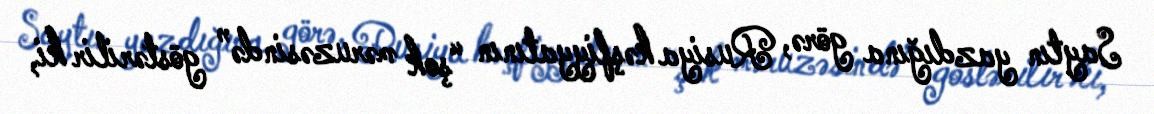
Saytın yazdığına görə, Rusiya kəşfiyyatının “şok məruzəsində” göstərilir ki,